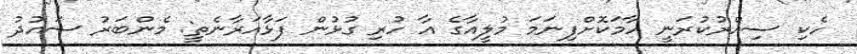
ހެކި ސިއްރުކުރަނީ ހާމަކޮށްފިނަމަ މުލީއާގެ އާ ހުރި ގުޅުން ފަޅާއަރާނެތީ: މެންބަރު ސައުދު